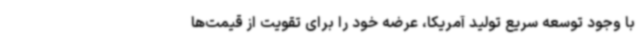
با وجود توسعه سریع تولید آمریکا، عرضه خود را برای تقویت از قیمت‌ها